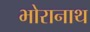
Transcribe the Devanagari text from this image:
भोरानाथ